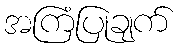
အကြံပြုချက်